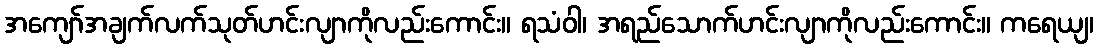
အကျော်အချက်လက်သုတ်ဟင်းလျာကိုလည်းကောင်း။ ရသံဝါ၊ အရည်သောက်ဟင်းလျာကိုလည်းကောင်း။ ကရေယျ၊